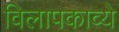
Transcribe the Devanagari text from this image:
विलापकाव्ये